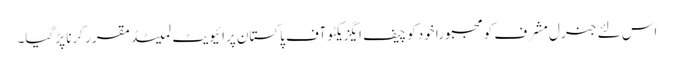
اس لئے جنرل مشرف کو مجبوراً خود کو چیف ایگزیکٹو آف پاکستان پرائیویٹ لمیٹڈ مقرر کرنا پڑ گیا۔